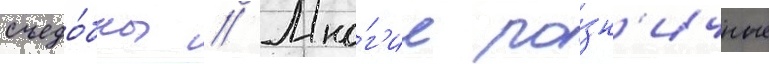
съедо́бны // Мно́г'ие ро́зн'ичные